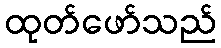
ထုတ်ဖော်သည်